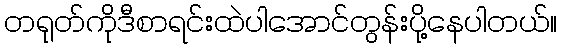
တရုတ်ကိုဒီစာရင်းထဲပါအောင်တွန်းပို့နေပါတယ်။